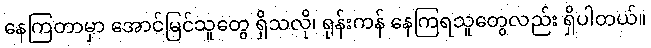
နေကြတာမှာ အောင်မြင်သူတွေ ရှိသလို၊ ရုန်းကန် နေကြရသူတွေလည်း ရှိပါတယ်။